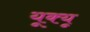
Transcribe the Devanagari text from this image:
यूक्यू